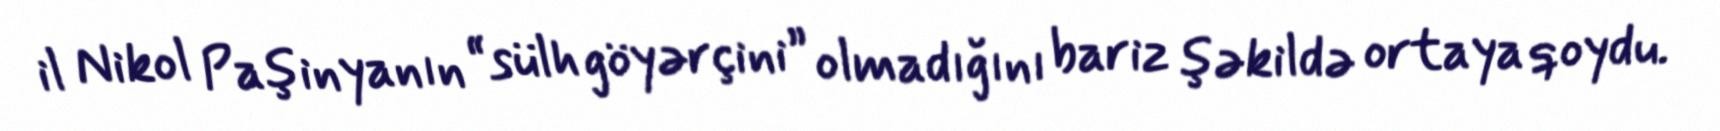
il Nikol Paşinyanın “sülh göyərçini” olmadığını bariz şəkildə ortaya qoydu.